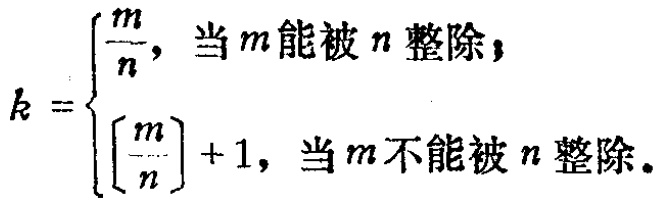
\[

k =

\begin{cases}

\frac{m}{n}, & \text{当}m\text{能被}n\text{整除}, \\

\left[\frac{m}{n}\right] + 1, & \text{当}m\text{不能被}n\text{整除}.

\end{cases}

\]